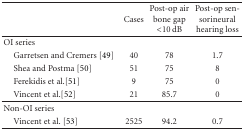
<table><thead><tr><td></td><td><b>Cases</b></td><td><b>Post-op air bone gap &lt;10 dB</b></td><td><b>Post-op sensorineural hearing loss</b></td></tr></thead><tbody><tr><td>OI series</td><td></td><td></td><td></td></tr><tr><td> Garretsen and Cremers [49]</td><td>40</td><td>78</td><td>1.7</td></tr><tr><td> Shea and Postma [50]</td><td>51</td><td>75</td><td>8</td></tr><tr><td> Ferekidis et al.[51]</td><td>9</td><td>75</td><td>0</td></tr><tr><td> Vincent et al.[52]</td><td>21</td><td>85.7</td><td>0</td></tr><tr><td>Non-OI series</td><td></td><td></td><td></td></tr><tr><td> Vincent et al. [53]</td><td>2525</td><td>94.2</td><td>0.7</td></tr></tbody></table>